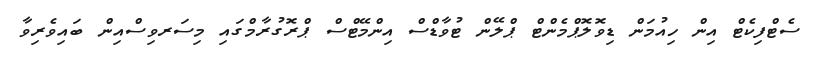
ސެޓްފިކެޓް އިން ހިއުމަން ޑިވޮލޮޕްމެންޓް ޕްލޭން ޓުވާޑްސް އިންމޭޓްސް ޕްރޮގުރާމްގައި މިސަރވިސްއިން ބައިވެރިވާ